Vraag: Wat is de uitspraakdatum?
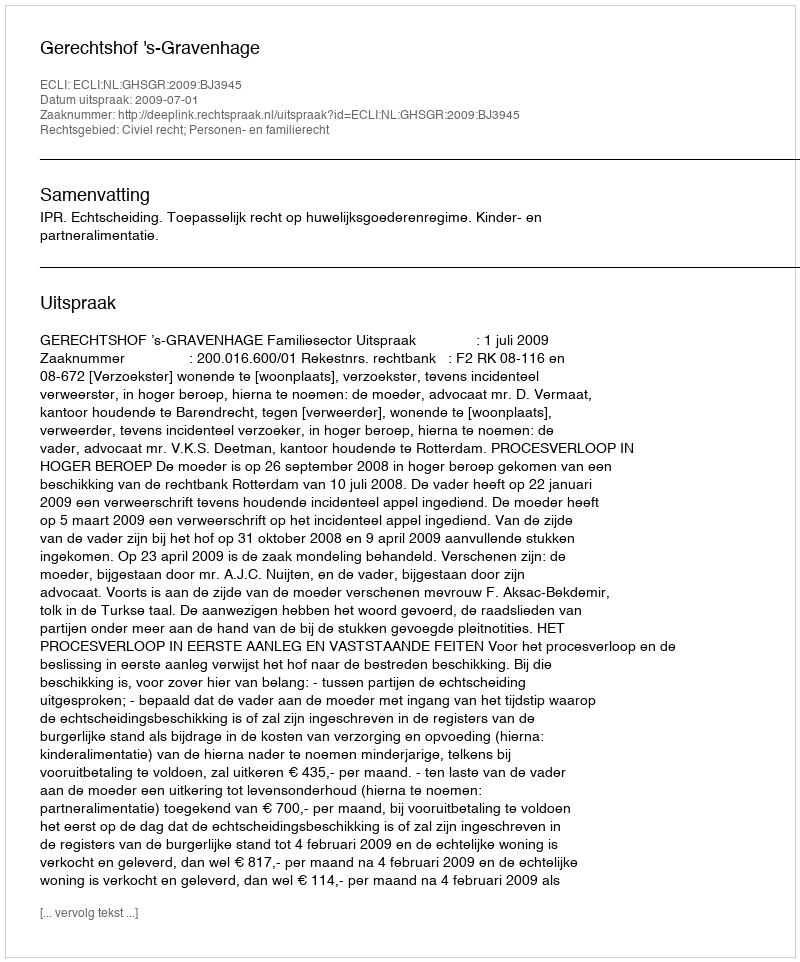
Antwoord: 2009-07-01